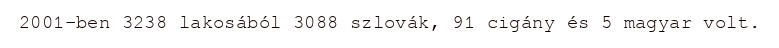
2001-ben 3238 lakosából 3088 szlovák, 91 cigány és 5 magyar volt.